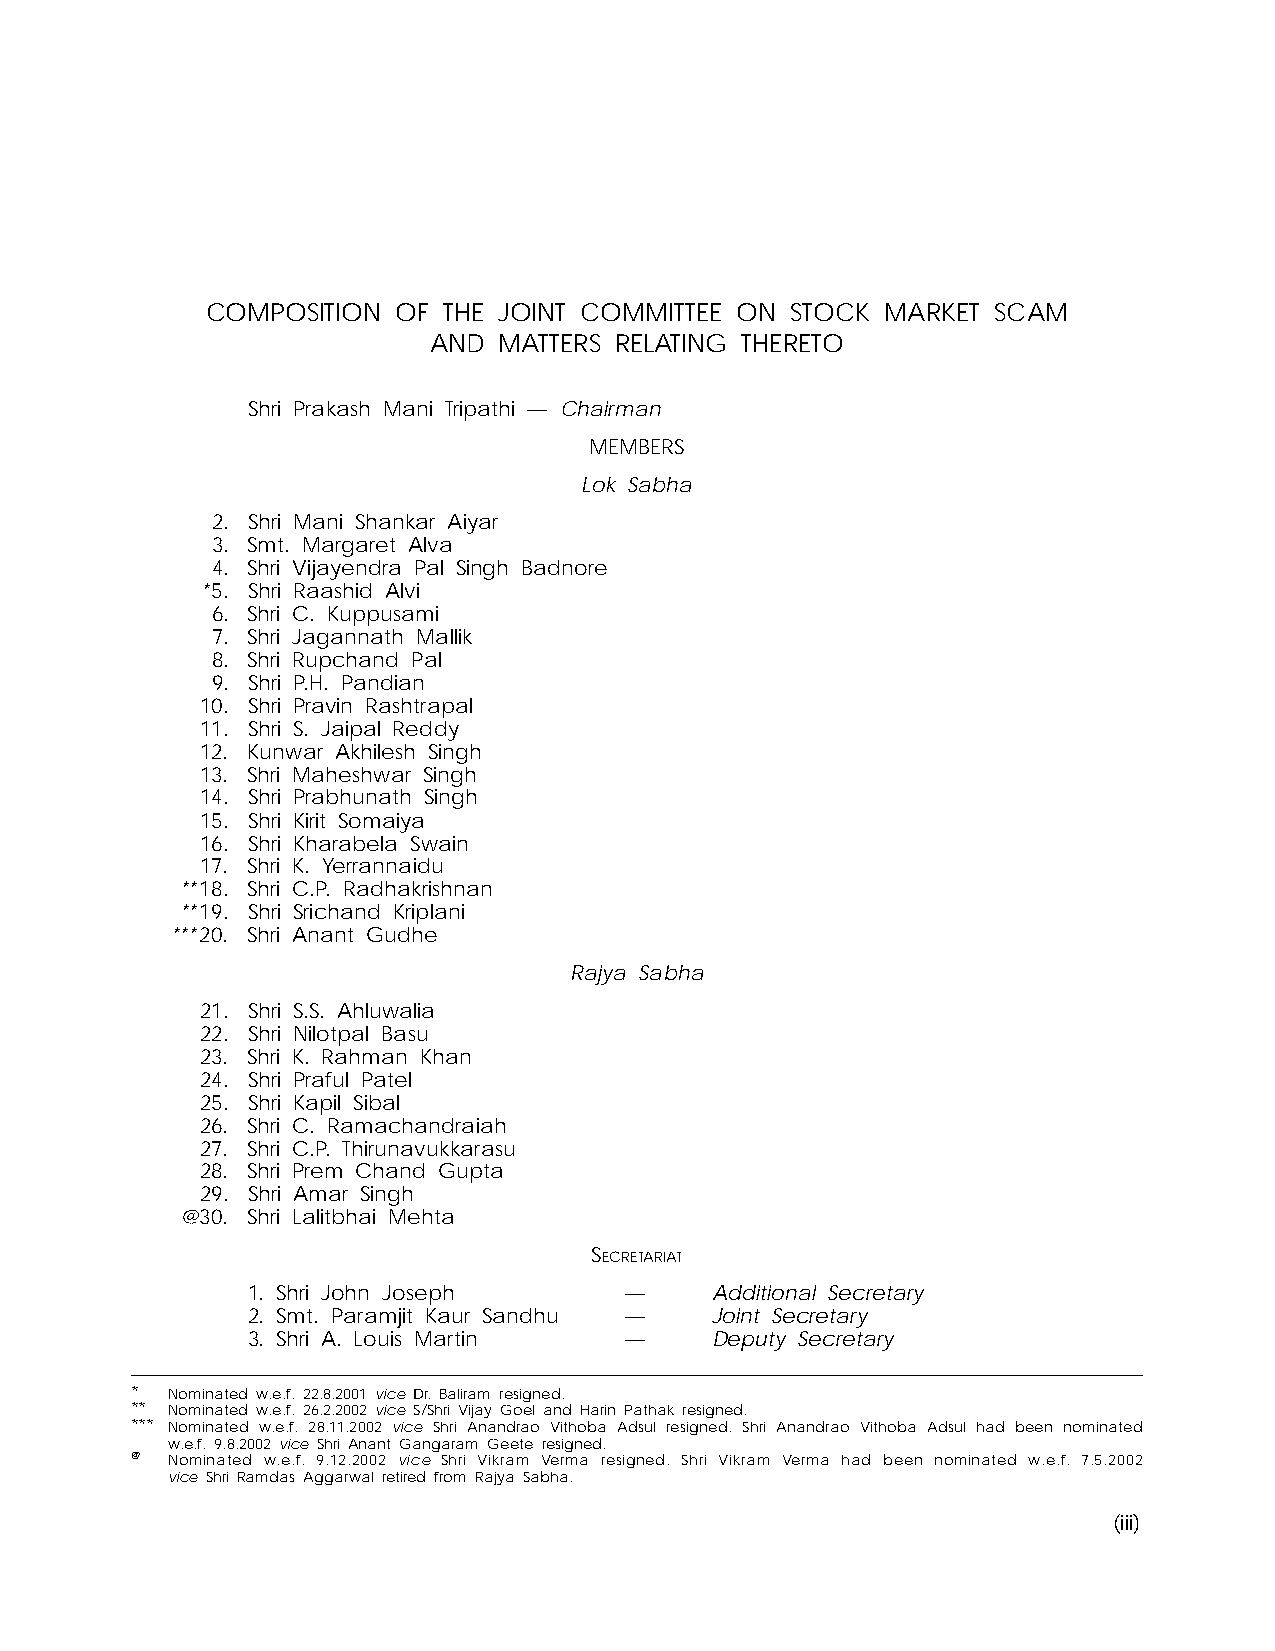
COMPOSITION OF THE JOINT COMMITTEE ON STOCK  MARKET SCAM
 AND  MATTERS RELATING THERETO
 Shri Prakash Mani Tripathi — Chairman
 MEMBERS
 Lok Sabha
 2. Shri Mani Shankar Aiyar
 3. Smt. Margaret Alva
 4. Shri Vijayendra Pal Singh Badnore
 *5. Shri Raashid Alvi
 6. Shri C. Kuppusami
 7. Shri Jagannath Mallik
 8. Shri Rupchand Pal
 9. Shri P.H. Pandian
 10. Shri Pravin Rashtrapal
 11. Shri S. Jaipal Reddy
 12. Kunwar Akhilesh Singh
 13. Shri Maheshwar Singh
 14. Shri Prabhunath Singh
 15. Shri Kirit Somaiya
 16. Shri Kharabela Swain
 17. Shri K. Yerrannaidu
 **18. Shri C.P. Radhakrishnan
 **19. Shri Srichand Kriplani
 ***20. Shri Anant Gudhe
 Rajya Sabha
 21. Shri S.S. Ahluwalia
 22. Shri Nilotpal Basu
 23. Shri K. Rahman Khan
 24. Shri Praful Patel
 25. Shri Kapil Sibal
 26. Shri C. Ramachandraiah
 27. Shri C.P. Thirunavukkarasu
 28. Shri Prem Chand Gupta
 29. Shri Amar Singh
 @30. Shri Lalitbhai Mehta
 SECRETARIAT
 1. Shri John Joseph      —     Additional Secretary
 2. Smt. Paramjit Kaur Sandhu — Joint Secretary
 3. Shri A. Louis Martin  —     Deputy Secretary
 * Nominated w.e.f. 22.8.2001 vice Dr. Baliram resigned.
 ** Nominated w.e.f. 26.2.2002 vice S/Shri Vijay Goel and Harin Pathak resigned.
 *** Nominated w.e.f. 28.11.2002 vice Shri Anandrao Vithoba Adsul resigned. Shri Anandrao Vithoba Adsul had been nominated
 w.e.f. 9.8.2002 vice Shri Anant Gangaram Geete resigned.
 @ Nominated w.e.f. 9.12.2002 vice Shri Vikram Verma resigned. Shri Vikram Verma had been nominated w.e.f. 7.5.2002
 vice Shri Ramdas Aggarwal retired from Rajya Sabha.
 (iii)